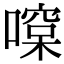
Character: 𠾯